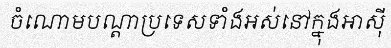
ចំណោមបណ្តាប្រទេសទាំងអស់នៅក្នុងអាស៊ី